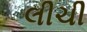
લીચી